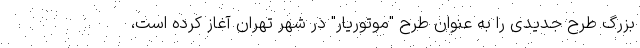
بزرگ طرح جدیدی را به عنوان طرح "موتوریار" در شهر تهران آغاز کرده است،